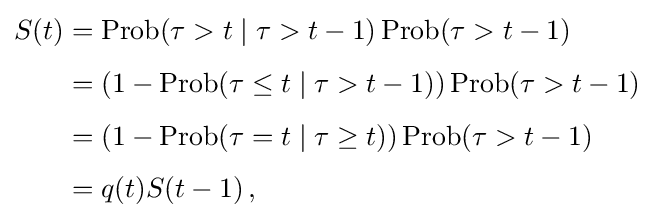
{\begin{aligned}S(t)&=\operatorname {Prob} (\tau >t\mid \tau >t-1)\operatorname {Prob} (\tau >t-1)\\[4pt]&=(1-\operatorname {Prob} (\tau \leq t\mid \tau >t-1))\operatorname {Prob} (\tau >t-1)\\[4pt]&=(1-\operatorname {Prob} (\tau =t\mid \tau \geq t))\operatorname {Prob} (\tau >t-1)\\[4pt]&=q(t)S(t-1)\,,\end{aligned}}